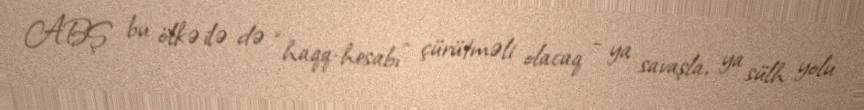
ABŞ bu ölkə ilə də “haqq-hesabı” çürütməli olacaq - ya savaşla, ya sülh yolu